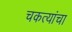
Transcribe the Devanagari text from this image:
चकत्यांचा